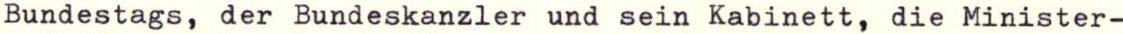
Bundestags, der Bundeskanzler und sein Kabinett, die Minister-